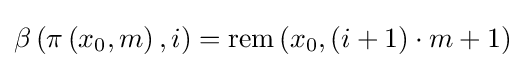
\beta \left(\pi \left(x_{0},m\right),i\right)=\mathrm {rem} \left(x_{0},\left(i+1\right)\cdot m+1\right)